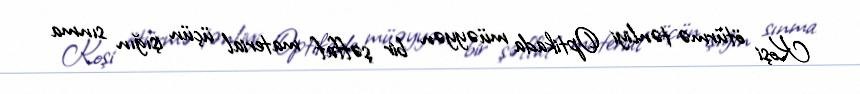
Koşi ötürmə tənliyi Optikada müəyyən bir şəffaf material üçün işığın sınma